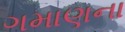
ગમાણના